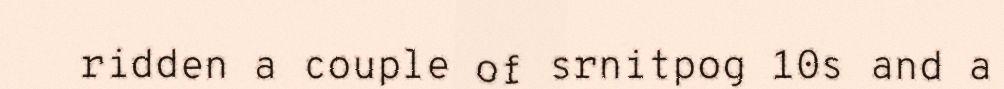
ridden a couple of srnitpog 10s and a